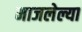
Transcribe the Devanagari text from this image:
माजलेल्या